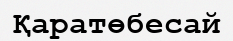
Қаратөбесай